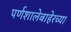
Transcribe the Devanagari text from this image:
पर्णशालेबाहेरच्या